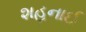
શહનાઈ